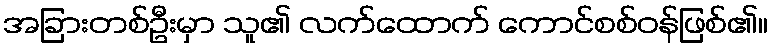
အခြားတစ်ဦးမှာ သူ၏ လက်ထောက် ကောင်စစ်ဝန်ဖြစ်၏။